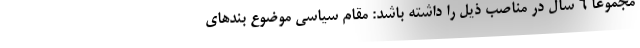
مجموعاً ۶ سال در مناصب ذیل را داشته باشد: مقام سیاسی موضوع بندهای